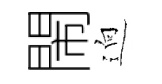
閙逈